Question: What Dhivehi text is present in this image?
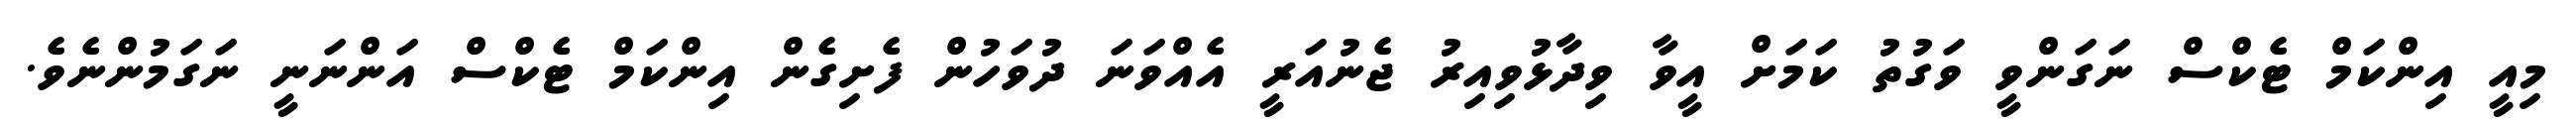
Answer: މިއީ އިންކަމް ޓެކްސް ނަގަންވީ ވަގުތު ކަމަށް އީވާ ވިދާޅުވިއިރު ޖެނުއަރީ އެއްވަނަ ދުވަހުން ފެށިގެން އިންކަމް ޓެކްސް އަންނަނީ ނަގަމުންނެވެ.